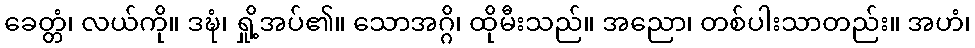
ခေတ္တံ၊ လယ်ကို။ ဒဍ္ဎံ၊ ရှို့အပ်၏။ သောအဂ္ဂိ၊ ထိုမီးသည်။ အညော၊ တစ်ပါးသာတည်း။ အဟံ၊